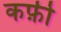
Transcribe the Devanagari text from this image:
कफ़ी